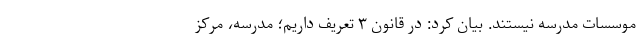
موسسات مدرسه نیستند. بیان کرد: در قانون ۳ تعریف داریم؛ مدرسه، مرکز